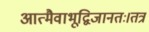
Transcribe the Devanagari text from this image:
आत्मैवाभूद्विजानतः।तत्र